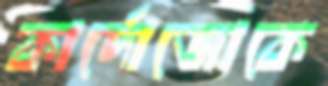
কার্দোজোকে